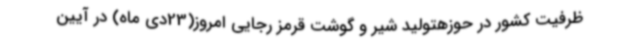
ظرفیت کشور در حوزهتولید شیر و گوشت قرمز رجایی امروز(23دی ماه) در آیین